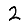
Digit: 2